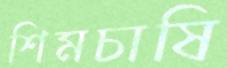
শিমচাষি